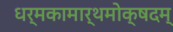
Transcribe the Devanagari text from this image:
धर्मकामार्थमोक्षदम्